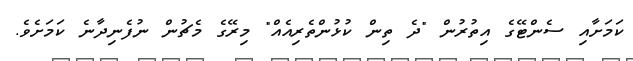
ކަމަށާއި ސެންޓޭގެ އިތުރުން "ދެ ތިން ކުޅުންތެރިއެއް" މިރޭގެ މެޗުން ނުފެނިދާނެ ކަމަށެވެ.